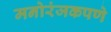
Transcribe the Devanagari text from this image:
मनोरंजकपणे